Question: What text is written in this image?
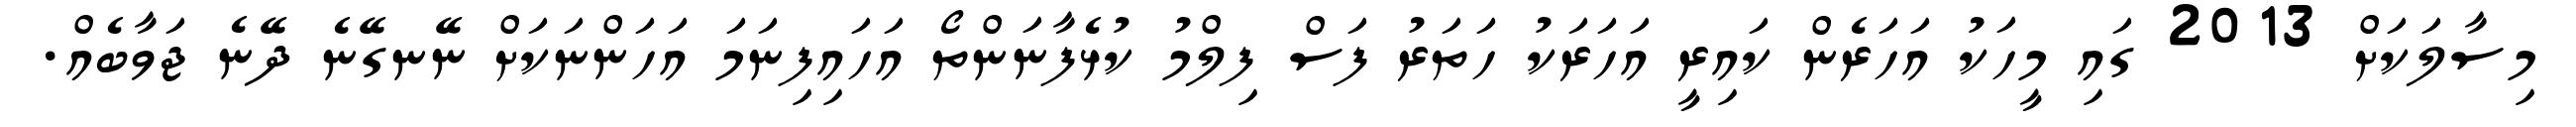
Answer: މިސާލަކަށް 2013 ގައި މީހަކު އަހަރެން ކައިރީ އަހަރަކު ހަތަރު ފަސް ފިލްމު ކުޅެފާނަންތޯ އަހައިފިނަމަ އަހަންނަކަށް ނޭނގޭނެ ދޭނެ ޖަވާބެއް.